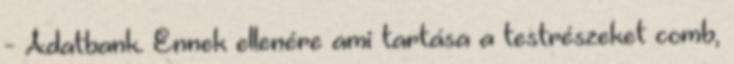
- Adatbank. Ennek ellenére ami tartása a testrészeket comb,